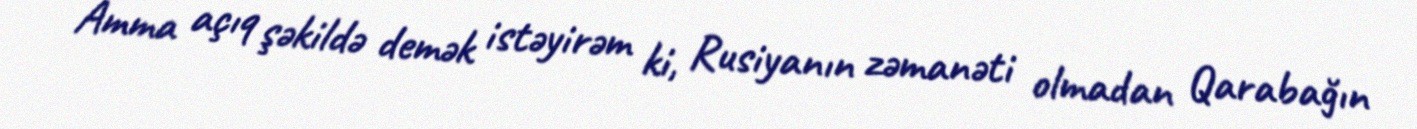
Amma açıq şəkildə demək istəyirəm ki, Rusiyanın zəmanəti olmadan Qarabağın